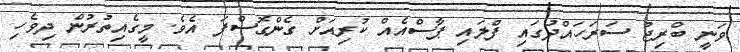
ވަނީ ބްރިޖު ސަރަހައްދުގައި ފްލައި ޕާސްއެއް ކުރިއަށް ގެންގޮސްފަ އެވެ. މީގެއިތުރުން ދިވެހި